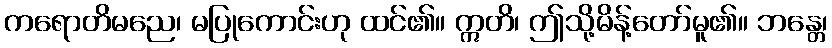
ကရောတိမညေ၊ မပြုကောင်းဟု ထင်၏။ ဣတိ၊ ဤသို့မိန့်တော်မူ၏။ ဘန္တေ၊